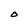
Character: O